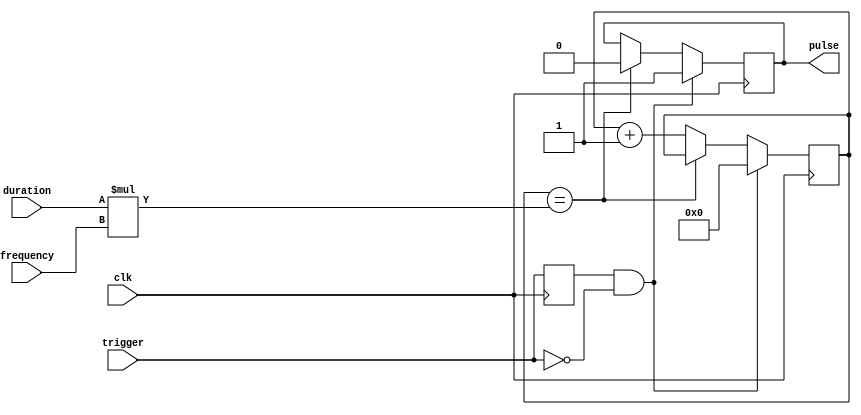
module pulse_generator (
  input trigger,
  input clk,
  input [7:0] duration,
  input [7:0] frequency,
  output reg pulse
);

reg [7:0] count;
reg trigger_edge;

always @(posedge clk) begin
  if (trigger_edge && !trigger) begin
    pulse <= 1'b1;
    count <= 8'b0;
  end else if (count == duration * frequency) begin
    pulse <= 1'b0;
  end else begin
    count <= count + 8'b1;
  end
  trigger_edge <= trigger;
end

endmodule